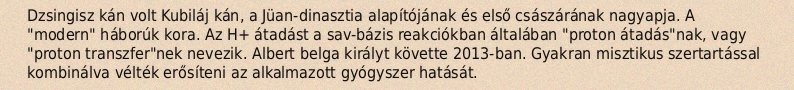
Dzsingisz kán volt Kubiláj kán, a Jüan-dinasztia alapítójának és első császárának nagyapja. A "modern" háborúk kora. Az H+ átadást a sav-bázis reakciókban általában "proton átadás"nak, vagy "proton transzfer"nek nevezik. Albert belga királyt követte 2013-ban. Gyakran misztikus szertartással kombinálva vélték erősíteni az alkalmazott gyógyszer hatását.